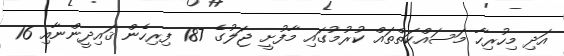
އަދި މިހުރިހާ މަސައްކަތްތައް ކުރުމުގައި މާފުށީ ޖަލުގެ 187 ފިރިހެން ޤައިދީންނާއި 16